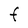
Character: F